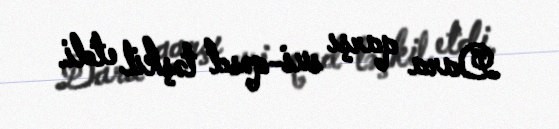
Dara qarşı sui-qəsd təşkil etdi.